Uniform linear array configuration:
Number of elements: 24
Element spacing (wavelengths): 0.75
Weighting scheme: kaiser
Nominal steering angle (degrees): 30
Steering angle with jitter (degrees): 30.849
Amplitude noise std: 0.05
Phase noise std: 0.05

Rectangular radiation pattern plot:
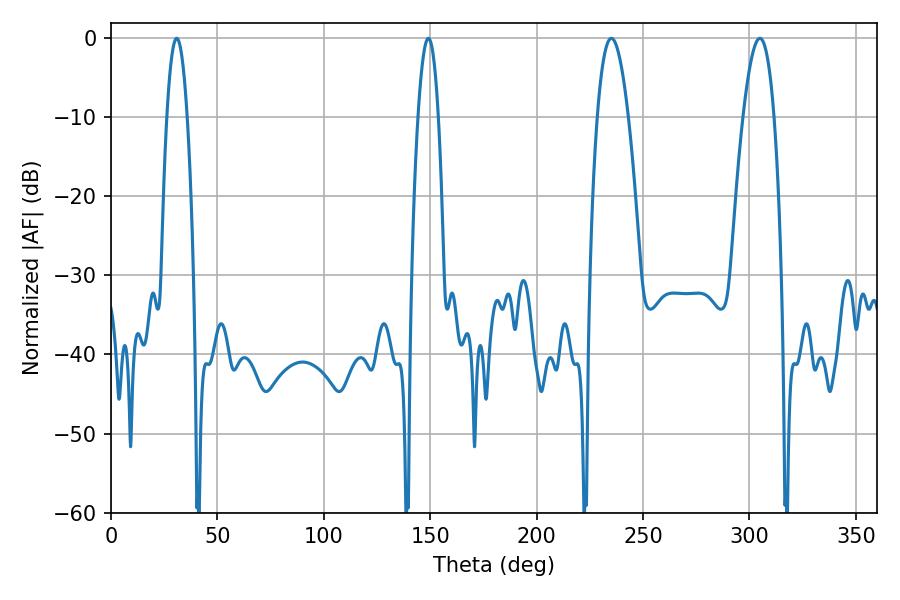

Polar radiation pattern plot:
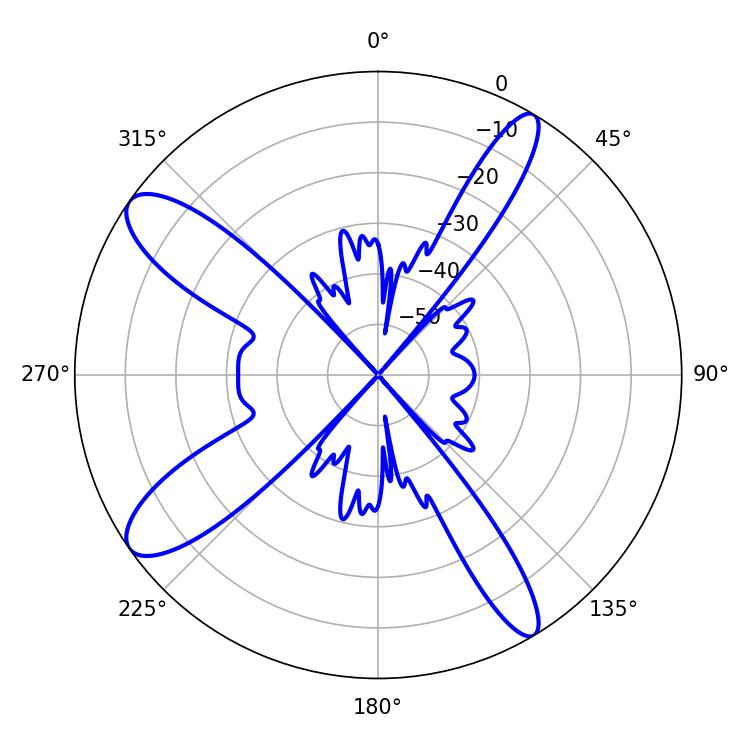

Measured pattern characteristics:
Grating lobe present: TRUE
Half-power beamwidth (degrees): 8.1
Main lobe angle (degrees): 235.08